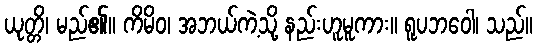
ယုတ္တိ၊ မည်၏။ ကိမိဝ၊ အဘယ်ကဲ့သို့ နည်းဟူမူကား။ ရူပဘဝေါ၊ သည်။